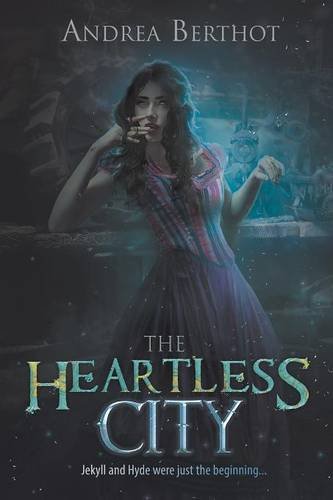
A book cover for The Heartless City; Andrea Berthot; Science Fiction & Fantasy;